Vaccination North-Western Provinces and Oudh 1896-1901 - 1896-1901
Year: 1896
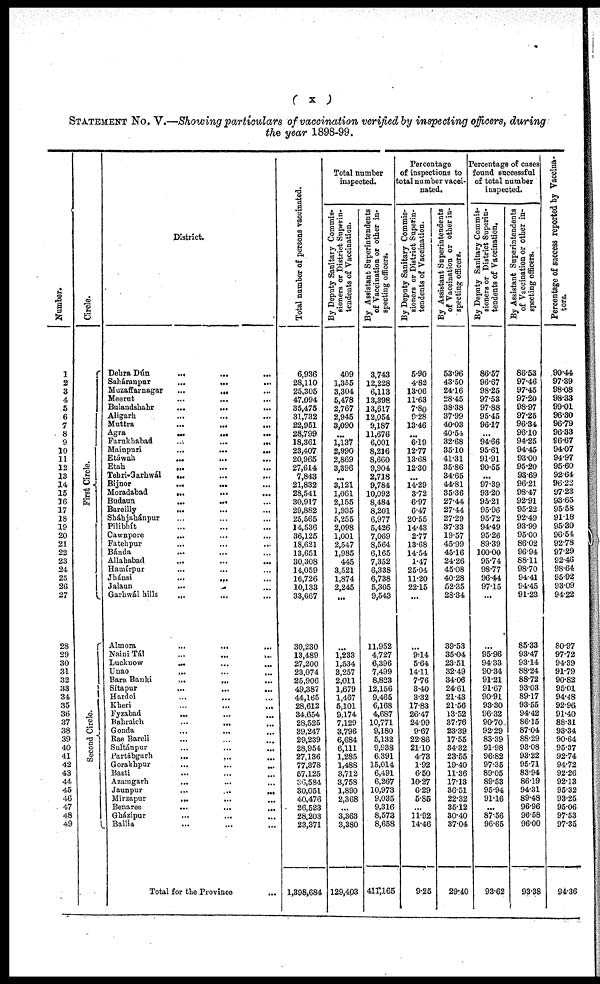
( x )
STATEMENT No. V.—Showing particulars of vaccination verified by inspecting officers, during
the year 1898-99.
Number.
1
2
3
4
5
6
7
8
9
10
11
12
13
14
15
16
17
18
19
20
21
22
23
24
25
26
27
28
29
30
31
32
33
34
35
36
37
38
39
40
41
42
43
44
45
46
47
48
49
Circle.
First Circle.
Second Circle.
District.
Dehra Dún
...
...
...
Saháranpur
...
...
...
Muzaffarnagar
...
...
...
Meerut
...
...
...
Bulandshahr
...
...
...
Aligarh ... ... ...
Muttra
...
...
...
Agra ... ... ...
Farukhabad
...
...
...
Mainpuri
...
...
...
Etáwah ... ... ...
Etah ... ... ...
Tehri-Garhwál
...
...
...
Bijnor ... ... ...
Moradabad
... ... ...
Budaun
...
...
...
Bareilly ... ... ...
Sháhjahánpur ... ... ...
Pilibhít ... ... ...
Cawnpore ... ... ...
Fatehpur ... ... ...
Bánda ... ... ...
Allahabad
...
...
...
Hamírpur
... ... ...
Jhánsi
...
...
...
Jalaun
...
...
...
Garhwál hills
...
...
...
Almora
...
...
...
Naini Tál ... ... ...
Lucknow ... ... ...
Unao
...
...
...
Bara Banki
...
...
...
Sítapur
...
...
...
Hardoi ... ... ...
Kheri
...
...
...
Fyzabad ... ... ...
Bahraich
...
...
...
Gonda ... ... ...
Rae Bareli ... ... ...
Sultánpur ... ... ...
Partábgarh
...
...
...
Gorakhpur ... ... ...
Basti ... ... ...
Azamgarh
... ... ...
Jaunpur
...
...
...
Mirzapur
...
...
...
Benares
...
...
...
Gházipur ... ... ...
Ballia ... ... ...
Total for the Province ...
Total number of persons vaccinated.
6,936
28,110
25,305
47,094
35,475
31,732
22,951
28,799
18,361
23,407
20,965
27,614
7,843
21,832
28,541
30,917
29,882
25,565
14,536
36,125
18,621
13,651
30,308
14,059
16,726
10,133
33,667
30,230
13,489
27,200
23,074
25,906
49,387
44,165
28,612
34,654
28,525
39,247
29,239
28,954
27,136
77,378
57,125
36,584
30,051
40,476
26,523
28,203
23,371
1,398,684
Total number
inspected.
By Deputy Sanitary Commis-
sioners or District Superin-
tendents of Vaccination.
409
1,355
3,304
5,478
2,767
2,945
3,090
...
1,137
2,990
2,869
3,396
...
3,121
1,061
2,155
1,935
5,255
2,098
1,001
2,547
1,985
445
3,521
1,874
2,245
...
...
1,233
1,534
3,257
2,011
1,679
1,467
5,101
9,174
7,129
3,796
6,684
6,111
1,285
1,488
3,712
3,758
1,890
2,368
...
3,363
3,380
129,403
By Assistant Superintendents
of Vaccination or other in-
specting officers.
3,743
12,228
6,113
13,398
13,617
12,054
9,187
11,676
6,001
8,216
8,660
9,904
2,718
9,784
10,092
8,484
8,201
6,977
5,426
7,069
8,564
6,165
7,352
6,338
6,738
5,305
9,543
11,952
4,727
6,396
7,499
8,823
12,156
9,465
6,168
4,687
10,771
9,180
5,132
9,938
6,391
15,014
6,491
6,267
10,973
9,035
9,316
8,573
8,658
411,165
Percentage
of inspections to
total number vacci-
nated.
By Deputy Sanitary Commis-
sioners or District Superin-
tendents of Vaccination.
5.90
4.82
13.06
11.63
7.80
9.28
13.46
...
6.19
12.77
13.68
12.30
...
14.29
3.72
6.97
6.47
20.55
14.43
2.77
13.68
14.54
1.47
25.04
11.20
22.15
...
...
9.14
5.64
14.11
7.76
3.40
3.32
17.83
26.47
24.99
9.67
22.86
21.10
4.73
1.92
6.50
10.27
6.29
5.85
...
11.92
14.46
9.25
By Assistant Superintendents
of Vaccination or other in-
specting officers.
53.96
43.50
24.16
28.45
38.38
37.99
40.03
40.54
32.68
35.10
41.31
35.86
34.65
44.81
35.36
27.44
27.44
27.29
37.33
19.57
45.99
45.16
24.26
45.08
40.28
52.35
28.34
39.53
35.04
23.51
32.49
34.06
24.61
21.43
21.56
13.52
37.76
23.39
17.55
34.32
23.55
19.40
11.36
17.13
36.51
22.32
35.12
30.40
37.04
29.40
Percentage of cases
found successful
of total number
inspected.
By Deputy Sanitary Commis-
sioners or District Superin-
tendents of Vaccination.
86.57
96.67
98.25
97.53
97.88
95.45
96.17
...
94.66
95.61
91.91
90.55
...
97.39
93.20
95.21
95.96
95.72
94.49
95.26
89.39
100.00
95.74
98.77
96.44
97.15
...
...
95.96
94.33
90.34
91.21
91.67
90.91
93.30
96.32
90.70
92.29
83.39
91.98
96.82
97.35
89.05
89.53
95.94
91.16
...
87.56
96.65
93.62
By Assistant Superintendents
of Vaccination or other in-
specting officers.
86.53
97.46
97.45
97.20
98.97
97.25
96.34
96.10
94.25
94.45
93.00
95.20
93.69
96.21
98.47
92.91
95.22
92.49
93.99
95.00
86.02
96.94
88.11
98.70
94.41
94.45
91.23
85.33
93.47
93.14
88.24
88.72
93.03
89.17
93.55
94.42
86.15
87.04
88.29
93.08
93.22
95.71
83.94
86.19
94.31
89.48
96.96
96.58
96.00
93.38
Percentage of success reported by Vaccina¬
tors.
90.44
97.39
98.08
98.33
99.01
96.30
96.79
96.33
96.67
94.07
94.97
95.60
92.64
96.23
97.23
93.65
95.58
91.18
95.30
96.54
92.78
97.29
92.46
98.64
95.92
93.09
94.22
80.97
97.72
94.39
91.79
90.82
95.01
94.48
92.96
91.40
88.31
93.34
90.64
95.37
92.74
94.72
92.26
92.13
95.32
93.25
95.06
97.53
97.35
94.36